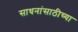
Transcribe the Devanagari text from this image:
साधनांसाठीच्या